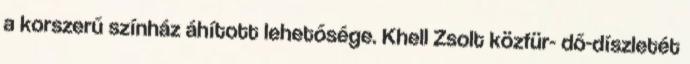
a korszerű színház áhított lehetősége. Khell Zsolt közfür- dő-díszletét